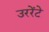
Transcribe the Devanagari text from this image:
उररेंटे